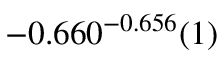
- 0 . 6 6 0 ^ { - 0 . 6 5 6 } ( 1 )